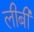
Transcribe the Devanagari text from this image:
लीबी